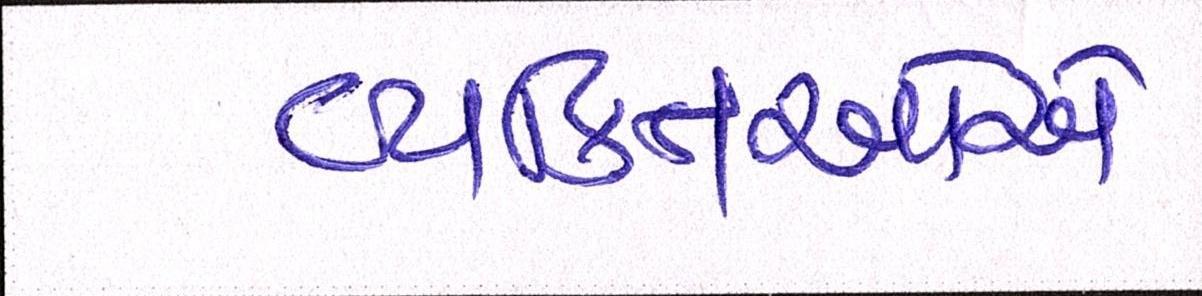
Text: વ્યક્તિઓએ